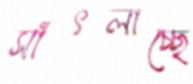
সাঁৎলাচ্ছে